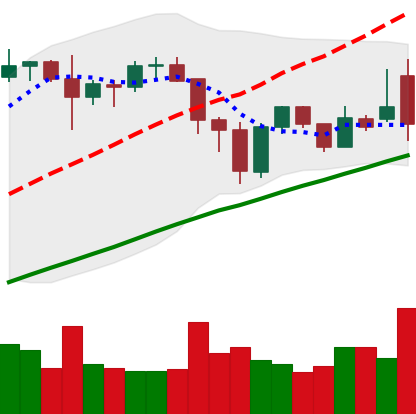
Ticker: BNB-USD
Chart end date: 2021-11-26
Forward return: 7.319%
Label: up_7plus